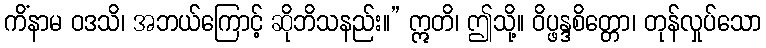
ကိံနာမ ဝဒသိ၊ အဘယ်ကြောင့် ဆိုဘိသနည်း။” ဣတိ၊ ဤသို့။ ဝိပ္ဖန္ဒစိတ္တော၊ တုန်လှုပ်သော